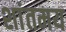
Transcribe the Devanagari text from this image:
शांतमय